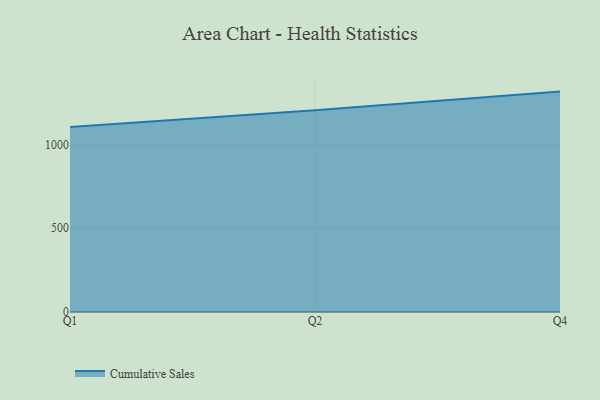
{"axis": {"x": "Quarter", "y": "Satisfaction Score"}, "legend": ["Cumulative Sales"], "data": [{"x": "Q1", "y": 1103.7, "type": "Cumulative Sales"}, {"x": "Q2", "y": 1204.6, "type": "Cumulative Sales"}, {"x": "Q4", "y": 1315.4, "type": "Cumulative Sales"}]}